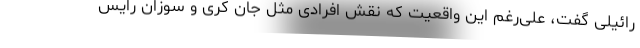
رائیلی گفت، علی‌رغم این واقعیت که نقش افرادی مثل جان کری و سوزان رایس